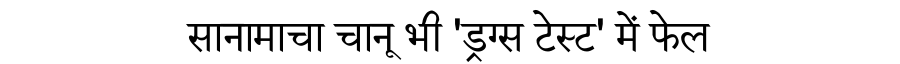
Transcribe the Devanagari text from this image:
सानामाचा चानू भी 'ड्रग्स टेस्ट' में फेल